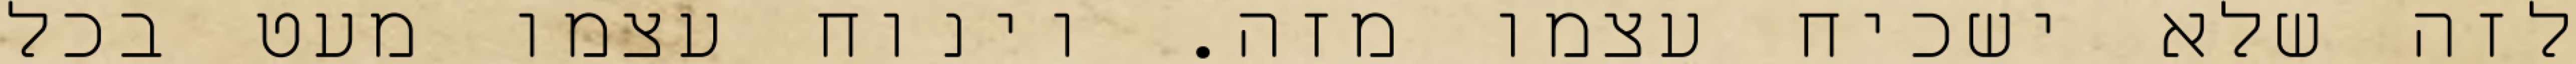
לזה שלא ישכיח עצמו מזה. וינוח עצמו מעט בכל